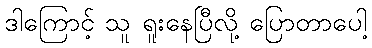
ဒါကြောင့် သူ ရူးနေပြီလို့ ပြောတာပေါ့